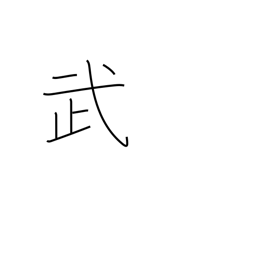
Meaning: military